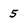
Character: 5